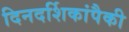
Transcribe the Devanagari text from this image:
दिनदर्शिकांपैकी